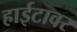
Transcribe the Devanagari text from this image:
हाईटावर